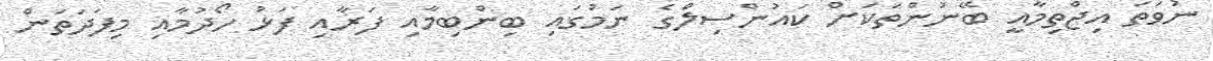
ނުވަތަ އިޖްތިމާއީ ބޭނުންތަކަށް ކައުންސިލްގެ ނަމުގައި ބިންބިމާއި ފަރާއި ފަޅު ހޯދުމާއި މިފަދަތަން